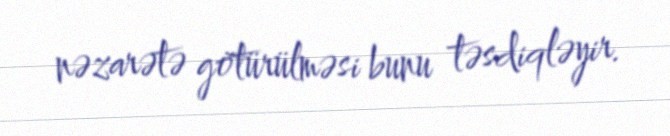
nəzarətə götürülməsi bunu təsdiqləyir.